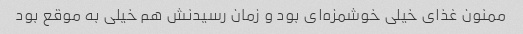
ممنون غذای خیلی خوشمزه‌ای بود و زمان رسیدنش هم خیلی به موقع بود